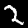
Digit: 2